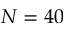
N = 4 0